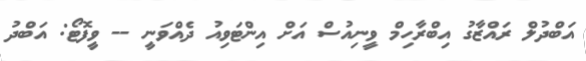
އަބްދުލް ރައްޒާގު އިބްރާހިމް ވީނިއުސް އަށް އިންޓަވިއު ދެއްވަނީ -- ވީފޮޓޯ: އަބްދު